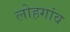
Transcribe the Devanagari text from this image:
लोहगांव